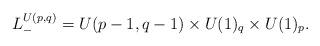
LaTeX: \begin{align*} L^{U(p,q)}_- = U(p-1,q-1)\times U(1)_q \times U(1)_p.\end{align*}